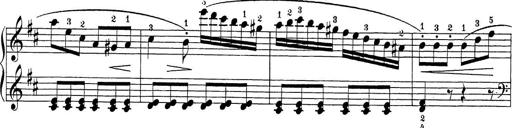
Title: Sonatina Album
Composer: Louis KÃ¶hler